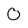
Character: O